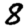
Digit: 8